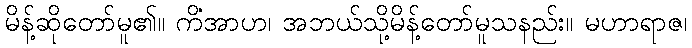
မိန့်ဆိုတော်မူ၏။ ကိံအာဟ၊ အဘယ်သို့မိန့်တော်မူသနည်း။ မဟာရာဇ၊